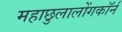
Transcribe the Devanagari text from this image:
महाछुलालोंगकॉर्न